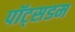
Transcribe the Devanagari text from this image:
पॉट्सडम